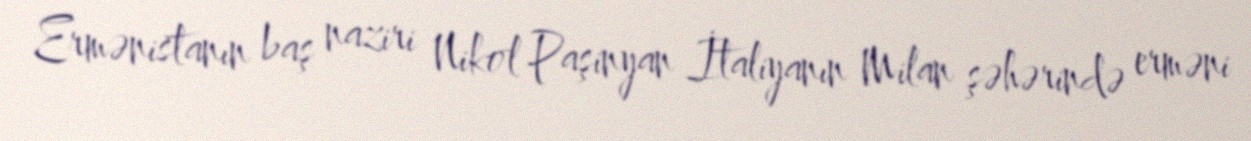
Ermənistanın baş naziri Nikol Paşinyan İtaliyanın Milan şəhərində erməni